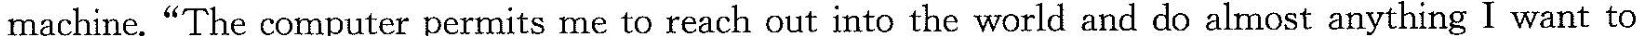
machine."The computer permits me to reach out into the world and do almost anything I want to